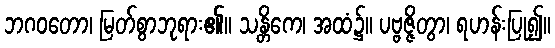
ဘဂဝတော၊ မြတ်စွာဘုရား၏။ သန္တိကေ၊ အထံ၌။ ပဗ္ဗဇ္ဇိတွာ၊ ရဟန်းပြု၍။